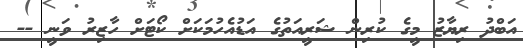
އަބްދު ރިޔާޒު މީގެ ކުރިން ޝަރީއަތުގެ އަޑުއެހުމަކަށް ކޯޓަށް ހާޒިރު ވަނީ --